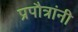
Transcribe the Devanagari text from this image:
प्रपौत्रांनी